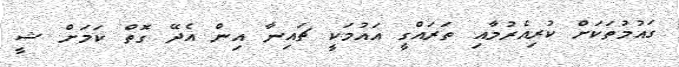
ގައުމުތަކަށް ކުރިއެރުމާއި ތަރައްގީ އައުމަކީ ޗައިނާ އިން އެދޭ ގޮތް ކަމަށް ޝީ